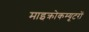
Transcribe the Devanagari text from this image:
माइक्रोकम्यूटरों